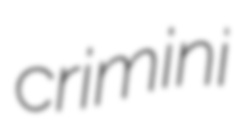
crimini